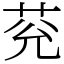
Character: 𦮀